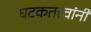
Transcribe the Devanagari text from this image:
घटकतत्त्वांनी